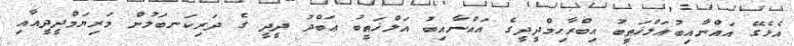
އެޅެގޭ އައްނާއިބުއަލްޚަޠީބު އިބްރާހިމްދީދީގެ އައްނާއިބު އަލްޚަޠީބު ޢަބްދު ދީދީ ގެ ދަރިކަނބަލުން މަރިޔަމްދީދީއާއި